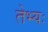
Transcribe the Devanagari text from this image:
तेभ्यः